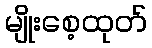
မျိုးစေ့ထုတ်